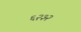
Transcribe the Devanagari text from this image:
६२३२